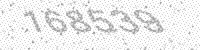
Solution: 168539